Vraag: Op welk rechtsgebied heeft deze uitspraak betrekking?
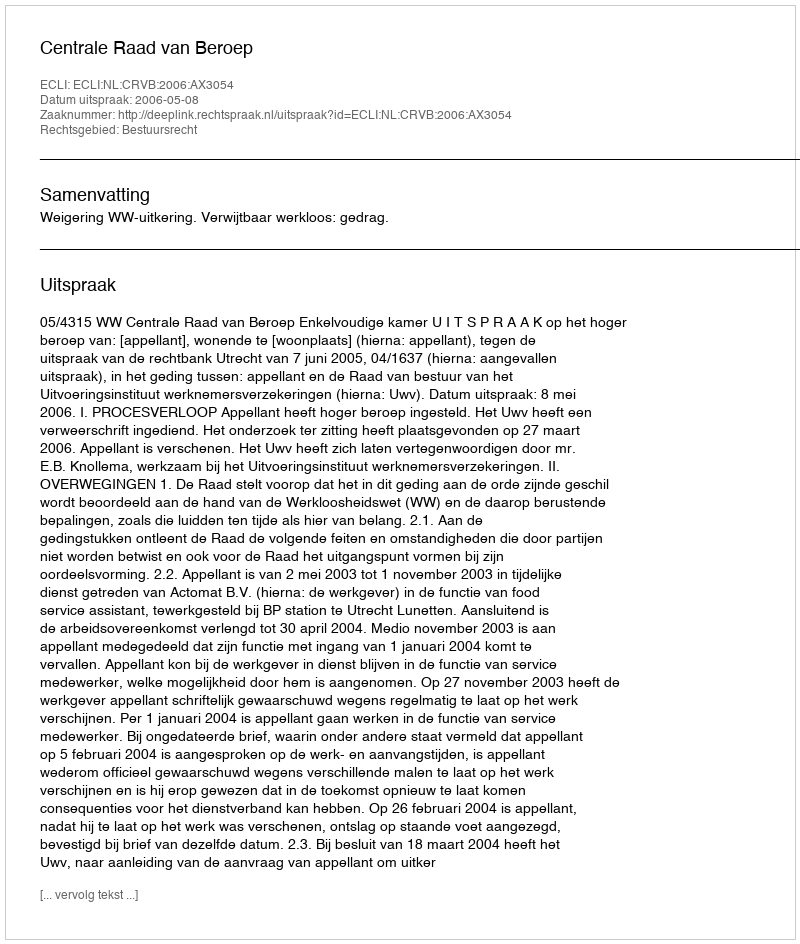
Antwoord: Bestuursrecht